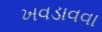
ખવડાવવા